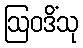
ဩဝဒိံသု